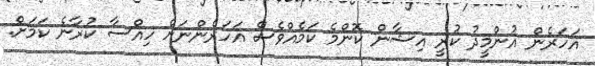
އަހަރެން އުންމީދު ކުރީ އިޝާން ކޮންމެ ކަމެއްވެސް އަހަރެންނަށް ހިއްސާ ކުރާނެ ކަމަށް.